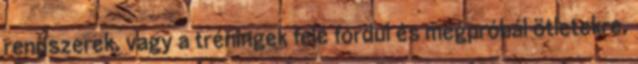
rendszerek, vagy a tréningek felé fordul és megpróbál ötletekre,